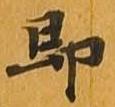
即